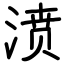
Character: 𣸣